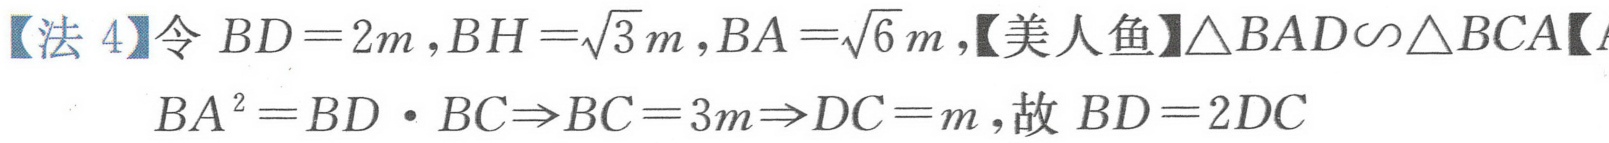
【法 4】令\(BD = 2m,BH=\sqrt{3}m,BA=\sqrt{6}m\),【美人鱼】\(\triangle BAD\backsim\triangle BCA\)【
\(BA^{2}=BD\cdot BC\Rightarrow BC = 3m\Rightarrow DC = m\),故\(BD = 2DC\)